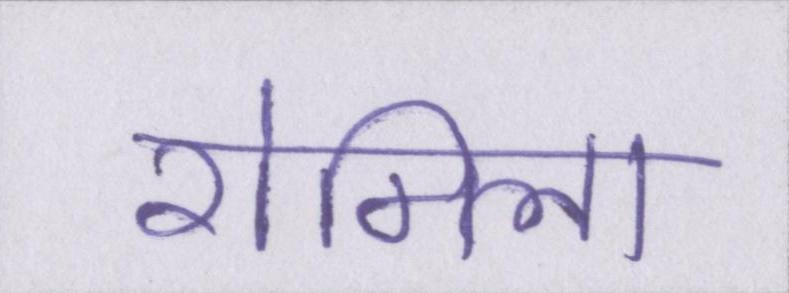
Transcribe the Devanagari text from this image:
रोमिला